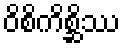
ဝိစိကိစ္ဆိဿ